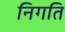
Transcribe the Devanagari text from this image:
निगति